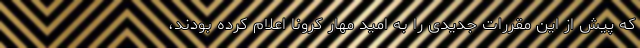
که پیش از این مقررات جدیدی را به امید مهار کرونا اعلام کرده بودند،